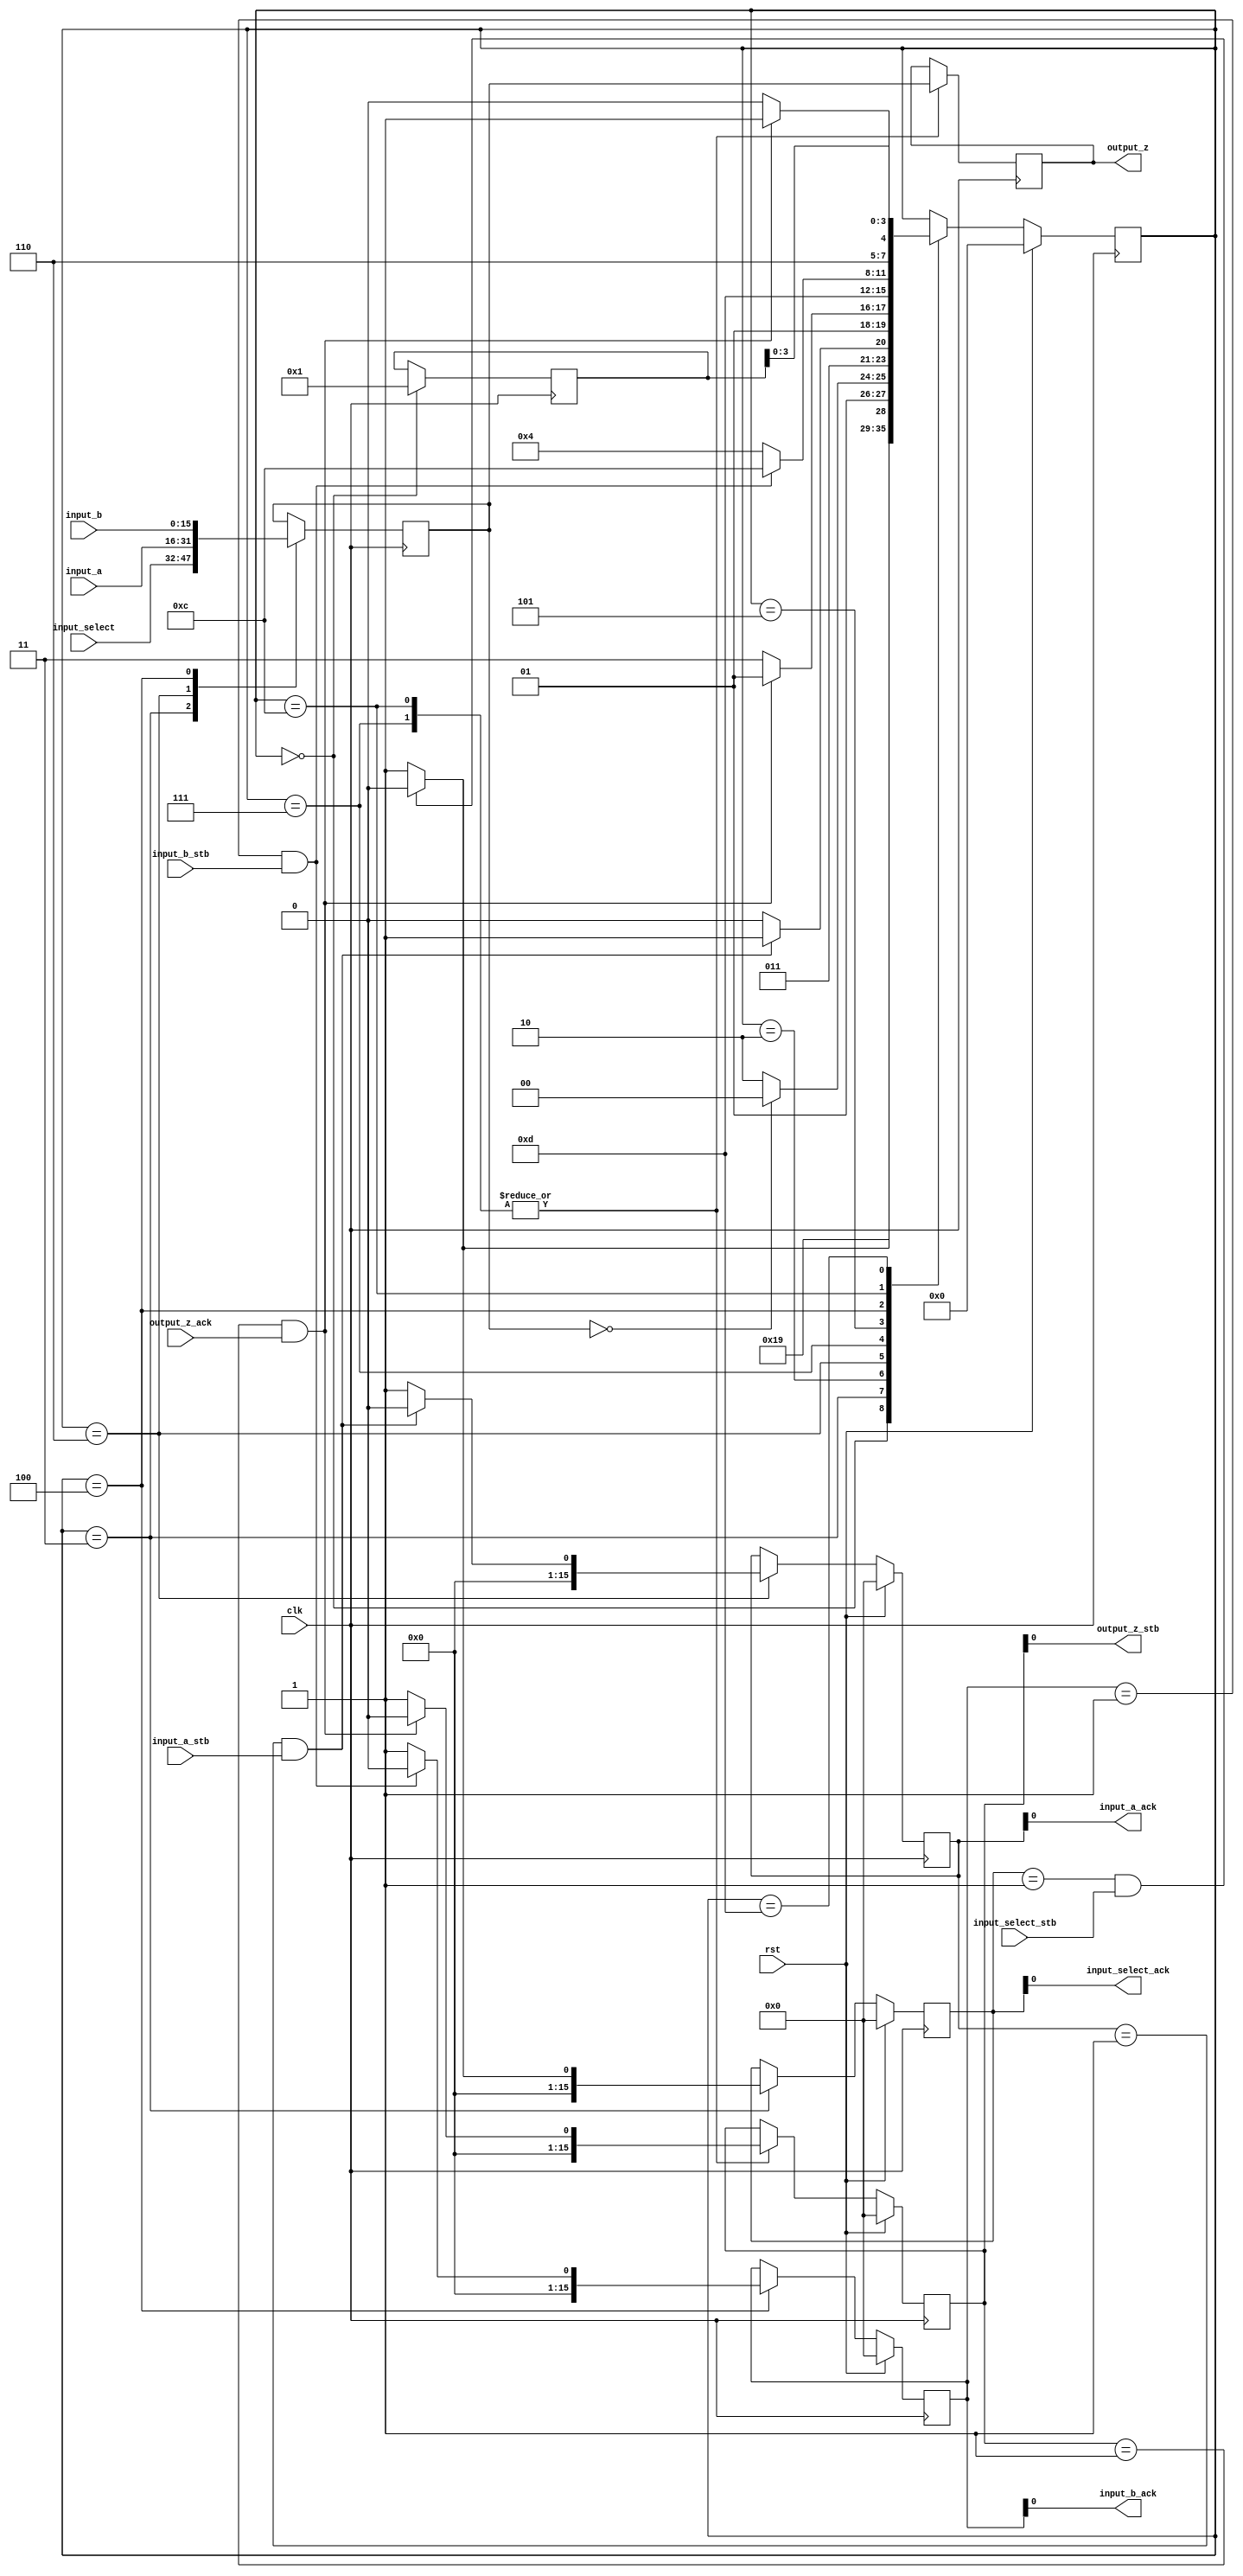
//name : main
//tag : c components
//input : input_a:16
//input : input_b:16
//input : input_select:16
//output : output_z:16
//source_file : test.c
///====
///
///*Created by C2CHIP*

// Register Allocation
// ===================
//         Register                 Name                   Size          
//            0             main return address             2            
//            1              temporary_register             2            
  
`timescale 1ns/1ps
module main(input_a,input_b,input_select,input_a_stb,input_b_stb,input_select_stb,output_z_ack,clk,rst,output_z,output_z_stb,input_a_ack,input_b_ack,input_select_ack);
  integer file_count;
  input     [15:0] input_a;
  input     [15:0] input_b;
  input     [15:0] input_select;
  input     input_a_stb;
  input     input_b_stb;
  input     input_select_stb;
  input     output_z_ack;
  input     clk;
  input     rst;
  output    [15:0] output_z;
  output    output_z_stb;
  output    input_a_ack;
  output    input_b_ack;
  output    input_select_ack;
  reg       [15:0] timer;
  reg       [3:0] program_counter;
  reg       [15:0] address_2;
  reg       [15:0] data_out_2;
  reg       [15:0] data_in_2;
  reg       write_enable_2;
  reg       [15:0] address_4;
  reg       [31:0] data_out_4;
  reg       [31:0] data_in_4;
  reg       write_enable_4;
  reg       [15:0] register_0;
  reg       [15:0] register_1;
  reg       [15:0] s_output_z_stb;
  reg       [15:0] s_output_z;
  reg       [15:0] s_input_a_ack;
  reg       [15:0] s_input_b_ack;
  reg       [15:0] s_input_select_ack;

  //////////////////////////////////////////////////////////////////////////////
  // FSM IMPLEMENTAION OF C PROCESS                                             
  //                                                                            
  // This section of the file contains a Finite State Machine (FSM) implementing
  // the C process. In general execution is sequential, but the compiler will   
  // attempt to execute instructions in parallel if the instruction dependencies
  // allow. Further concurrency can be achieved by executing multiple C         
  // processes concurrently within the device.                                  
  
  always @(posedge clk)
  begin

    //implement timer
    timer <= 16'h0000;

    case(program_counter)

      16'd0:
      begin
        program_counter <= 16'd1;
        program_counter <= 16'd3;
        register_0 <= 16'd1;
      end

      16'd1:
      begin
        program_counter <= 16'd3;
        program_counter <= program_counter;
      end

      16'd3:
      begin
        program_counter <= 16'd2;
        register_1 <= input_select;
        program_counter <= 3;
        s_input_select_ack <= 1'b1;
       if (s_input_select_ack == 1'b1 && input_select_stb == 1'b1) begin
          s_input_select_ack <= 1'b0;
          program_counter <= 16'd2;
        end
      end

      16'd2:
      begin
        program_counter <= 16'd6;
        if (register_1 == 0)
          program_counter <= 4;
      end

      16'd6:
      begin
        program_counter <= 16'd7;
        register_1 <= input_a;
        program_counter <= 6;
        s_input_a_ack <= 1'b1;
       if (s_input_a_ack == 1'b1 && input_a_stb == 1'b1) begin
          s_input_a_ack <= 1'b0;
          program_counter <= 16'd7;
        end
      end

      16'd7:
      begin
        program_counter <= 16'd5;
        s_output_z <= register_1;
        program_counter <= 7;
        s_output_z_stb <= 1'b1;
        if (s_output_z_stb == 1'b1 && output_z_ack == 1'b1) begin
          s_output_z_stb <= 1'b0;
          program_counter <= 5;
        end
      end

      16'd5:
      begin
        program_counter <= 16'd4;
        program_counter <= 16'd13;
      end

      16'd4:
      begin
        program_counter <= 16'd12;
        register_1 <= input_b;
        program_counter <= 4;
        s_input_b_ack <= 1'b1;
       if (s_input_b_ack == 1'b1 && input_b_stb == 1'b1) begin
          s_input_b_ack <= 1'b0;
          program_counter <= 16'd12;
        end
      end

      16'd12:
      begin
        program_counter <= 16'd13;
        s_output_z <= register_1;
        program_counter <= 12;
        s_output_z_stb <= 1'b1;
        if (s_output_z_stb == 1'b1 && output_z_ack == 1'b1) begin
          s_output_z_stb <= 1'b0;
          program_counter <= 13;
        end
      end

      16'd13:
      begin
        program_counter <= 16'd15;
        program_counter <= register_0;
      end

    endcase
    if (rst == 1'b1) begin
      program_counter <= 0;
      s_input_a_ack <= 0;
      s_input_b_ack <= 0;
      s_input_select_ack <= 0;
      s_output_z_stb <= 0;
    end
  end
  assign input_a_ack = s_input_a_ack;
  assign input_b_ack = s_input_b_ack;
  assign input_select_ack = s_input_select_ack;
  assign output_z_stb = s_output_z_stb;
  assign output_z = s_output_z;

endmodule